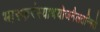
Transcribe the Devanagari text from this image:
भास्करंस्याथयोजनैलतन्मिरो